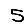
Digit: 5